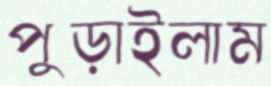
পুড়াইলাম